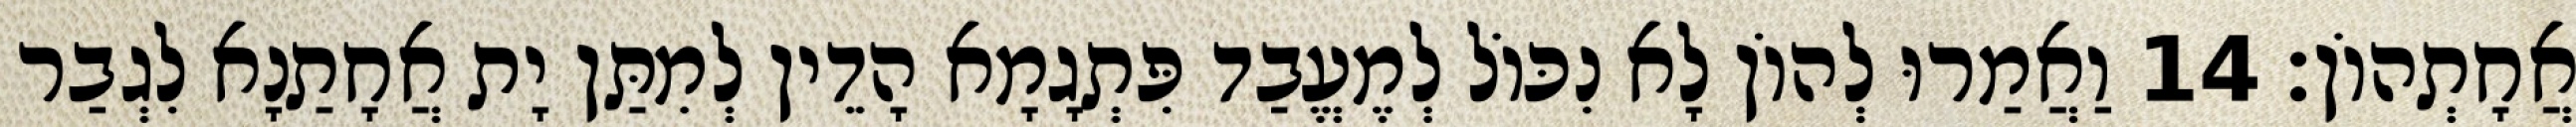
אֲחָתְהוֹן׃ 14 וַאֲמַרוּ לְהוֹן לָא נִכּוֹל לְמֶעֱבַד פִּתְגָמָא הָדֵין לְמִתַּן יָת אֲחָתַנָא לִגְבַר